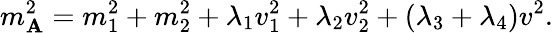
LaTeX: m_{\mathbf{A}}^{2}=m_{1}^{2}+m_{2}^{2}+\lambda_{1}v_{1}^{2}+\lambda_{2}v_{2}^{2}+\left(\lambda_{3}+\lambda_{4}\right)v^{2}.